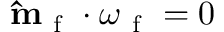
\mathbf { \hat { m } } _ { \mathrm { ~ f ~ } } \cdot \boldsymbol { \omega } _ { \mathrm { ~ f ~ } } = 0